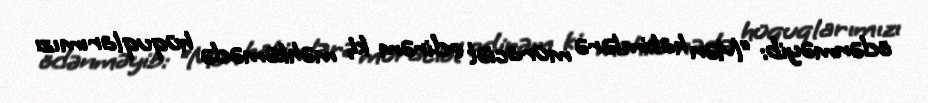
ödənməyib: “Mən hakimlərə müraciət edirəm ki, məhkəmədə hüquqlarımızı